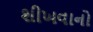
શીખવાનો